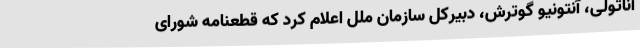
آناتولی، آنتونیو گوترش، دبیرکل سازمان ملل اعلام کرد که قطعنامه شورای